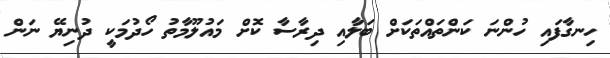
ހިނގާފައި ހުންނަ ކަންތައްތަކަށް ބަލާއި ދިރާސާ ކޮށް މައުލޫމާތު ހޯދުމަކީ ދުނިޔޭ ނަން